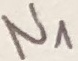
Text: N1